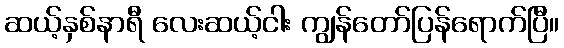
ဆယ့်နှစ်နာရီ လေးဆယ့်ငါး ကျွန်တော်ပြန်ရောက်ပြီ။